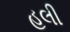
હલી